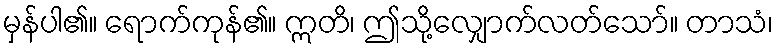
မှန်ပါ၏။ ရောက်ကုန်၏။ ဣတိ၊ ဤသို့လျှောက်လတ်သော်။ တာသံ၊